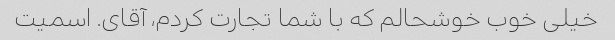
خیلی خوب خوشحالم که با شما تجارت کردم، آقای. اسمیت